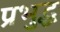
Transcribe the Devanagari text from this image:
प्रभुद्ध